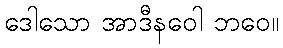
ဒေါသော အာဒီနဝေါ ဘဝေ။